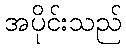
အပိုင်းသည်